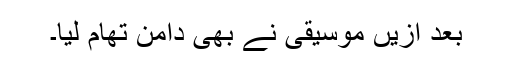
بعد ازیں موسیقی نے بھی دامن تھام لِیا۔